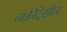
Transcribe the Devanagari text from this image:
व्यक्तीदेखील